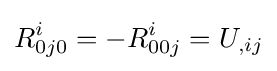
R_{0j0}^{i}=-R_{00j}^{i}=U_{,ij}